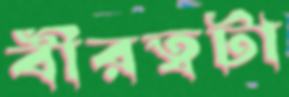
বীরত্বটা